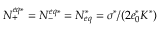
N _ { + } ^ { e q * } = N _ { - } ^ { e q * } = N _ { e q } ^ { * } = \sigma ^ { * } / ( 2 e _ { 0 } ^ { * } K ^ { * } )